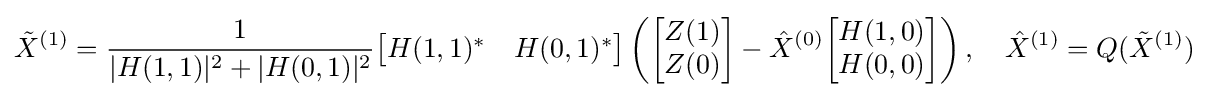
{\tilde {X}}^{(1)}={\frac {1}{|H(1,1)|^{2}+|H(0,1)|^{2}}}{\begin{bmatrix}H(1,1)^{*}&H(0,1)^{*}\end{bmatrix}}\left({\begin{bmatrix}Z(1)\\Z(0)\end{bmatrix}}-{\hat {X}}^{(0)}{\begin{bmatrix}H(1,0)\\H(0,0)\end{bmatrix}}\right),\quad {\hat {X}}^{(1)}=Q({\tilde {X}}^{(1)})